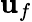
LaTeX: \mathbf{u}_{f}